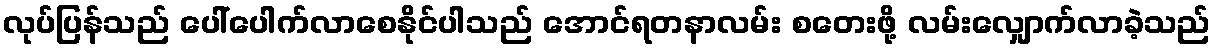
လုပ်ပြန်သည် ပေါ်ပေါက်လာစေနိုင်ပါသည် အောင်ရတနာလမ်း စတေးဖို့ လမ်းလျှောက်လာခဲ့သည်